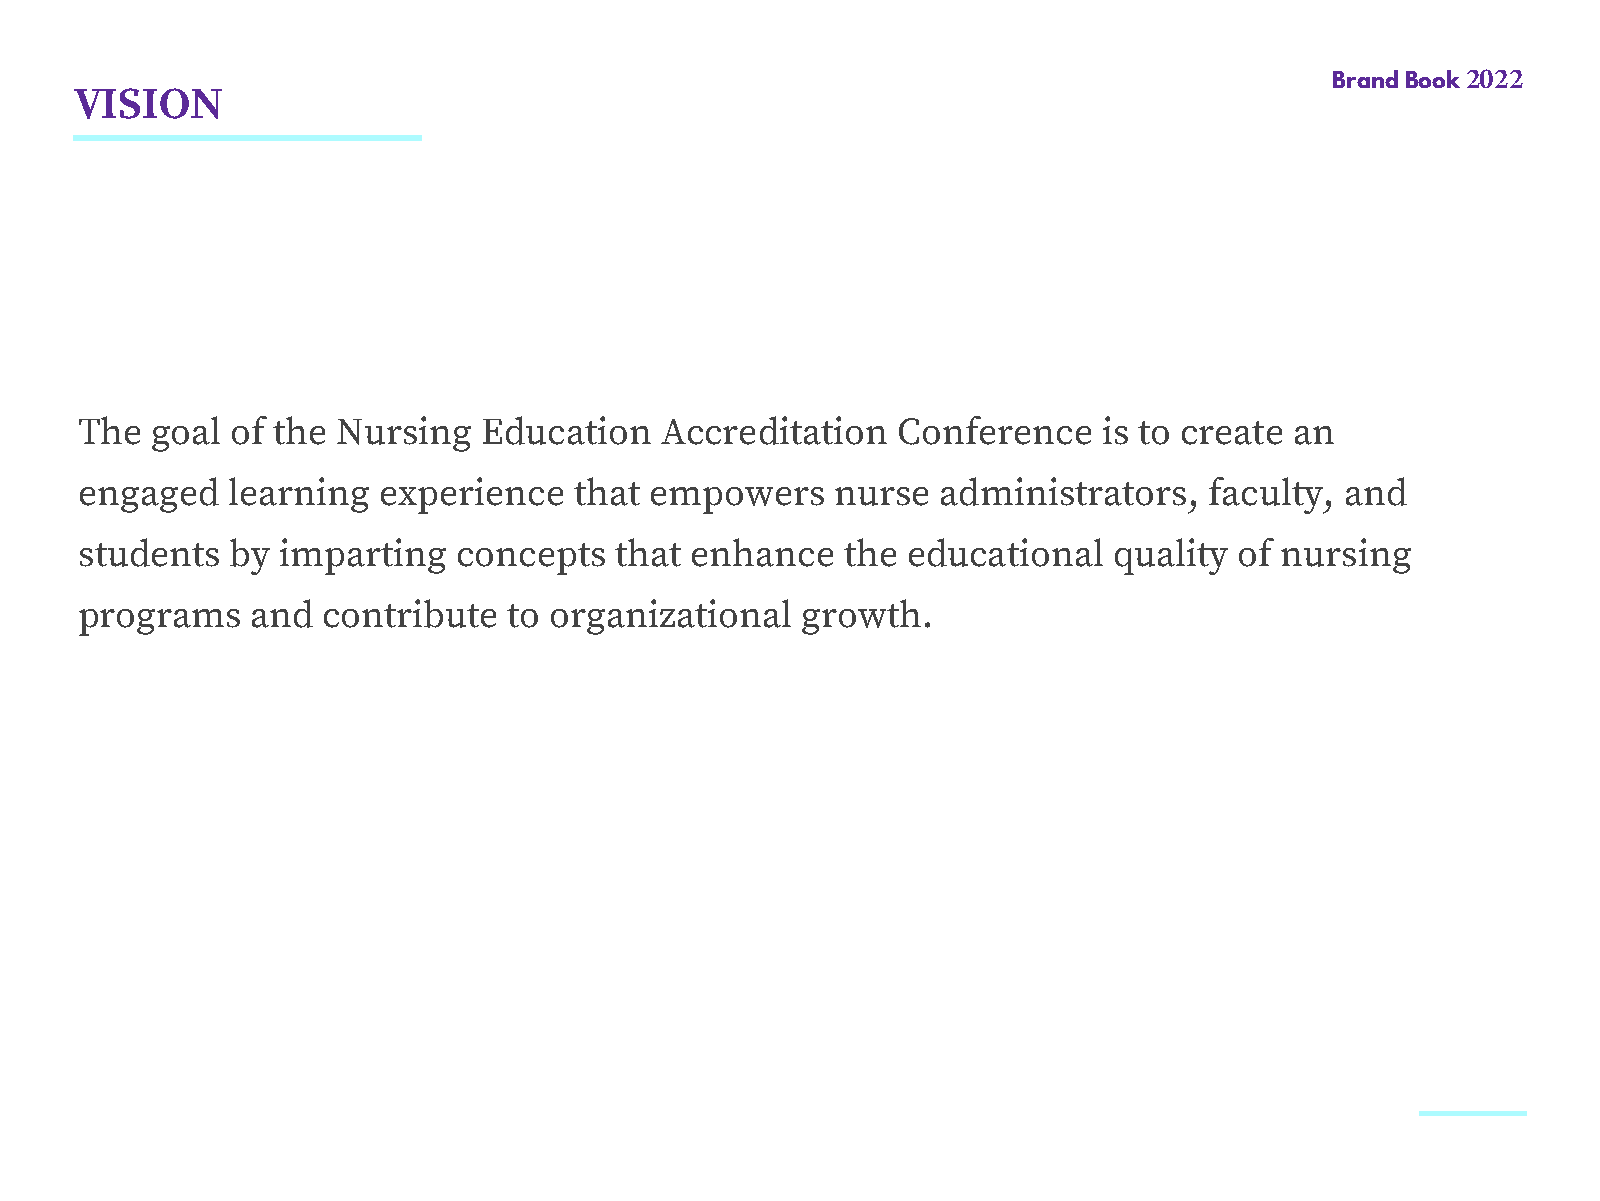
Brand Book 2022
 VISION
 The  goal of the Nursing   Education   Accreditation  Conference    is to create an
 engaged   learning  experience   that empowers    nurse  administrators,   faculty, and
 students  by  imparting  concepts   that enhance   the educational   quality of nursing
 programs    and contribute   to organizational  growth.